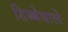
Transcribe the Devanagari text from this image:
डिब्बेवाले